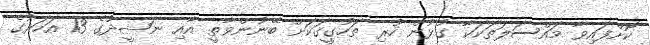
ކޮށްފައިވާ މައްސަލަތަކަކާ ގުޅުން ހުރި ތަހުގީގަކަށް ބޭނުންވާތީ އާއި ނަޝީދުގެ 13 އަހަރުގެ